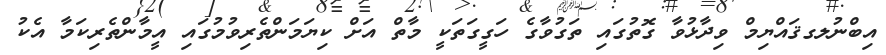
އިބްނުލގޤައްޔިމް ވިދާޅުވާ ގޮތުގައި ތަގުވާގެ ހަގީގަތަކީ މާތް އަށް ކިޔަމަންތެރިވުމުގައި އީމާންތެރިކަމާ އެކު